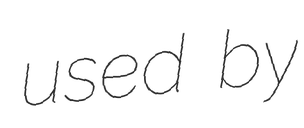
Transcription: used by